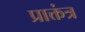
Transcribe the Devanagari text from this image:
प्राक्तंत्र